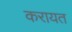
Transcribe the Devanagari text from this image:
करायत